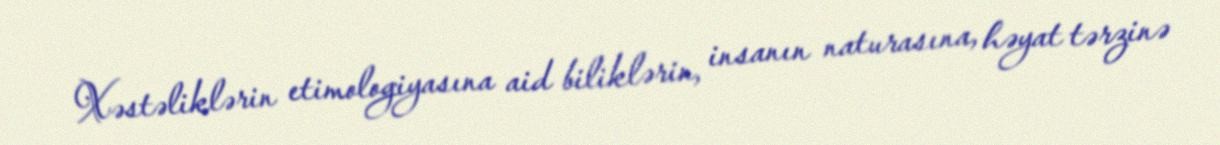
Xəstəliklərin etimologiyasına aid biliklərin, insanın naturasına, həyat tərzinə